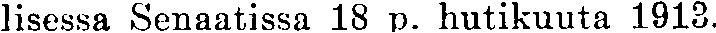
lisessa Senaatissa 18 p. hutikuuta 1913.